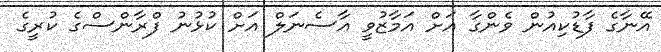
އޭނާގެ ފާޑުކިއުން ވެންގާ އަށް އަމާޒުވީ އާސެނަލް އަށް ކުޅުނު ފްރާންސްގެ ކުރީގެ